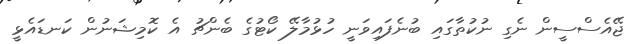
ޖޭއެސްސީން ނެގި ނުކުތާގައި ބުނެފައިވަނީ ހުޅުމާލޭ ކޯޓުގެ ބެންޗު އެ ކޮމިޝަނުން ކަނޑައެޅީ